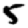
Digit: 5